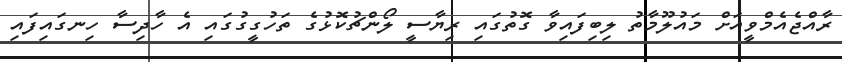
ރާއްޖެއެމްވީއަށް މައުލޫމާތު ލިބިފައިވާ ގޮތުގައި ރިޔާސީ ލޯންޗުކޮޅުގެ ތަހުގީގުގައި އެ ހާދިސާ ހިނގައިފައި